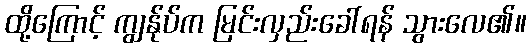
ထို့ကြောင့် ကျွန်ုပ်က မြင်းလှည်းခေါ်ရန် သွားလေ၏။